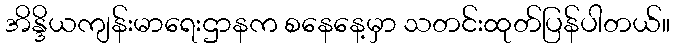
အိန္ဒိယကျန်းမာရေးဌာနက စနေနေ့မှာ သတင်းထုတ်ပြန်ပါတယ်။